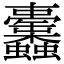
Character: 𧖚